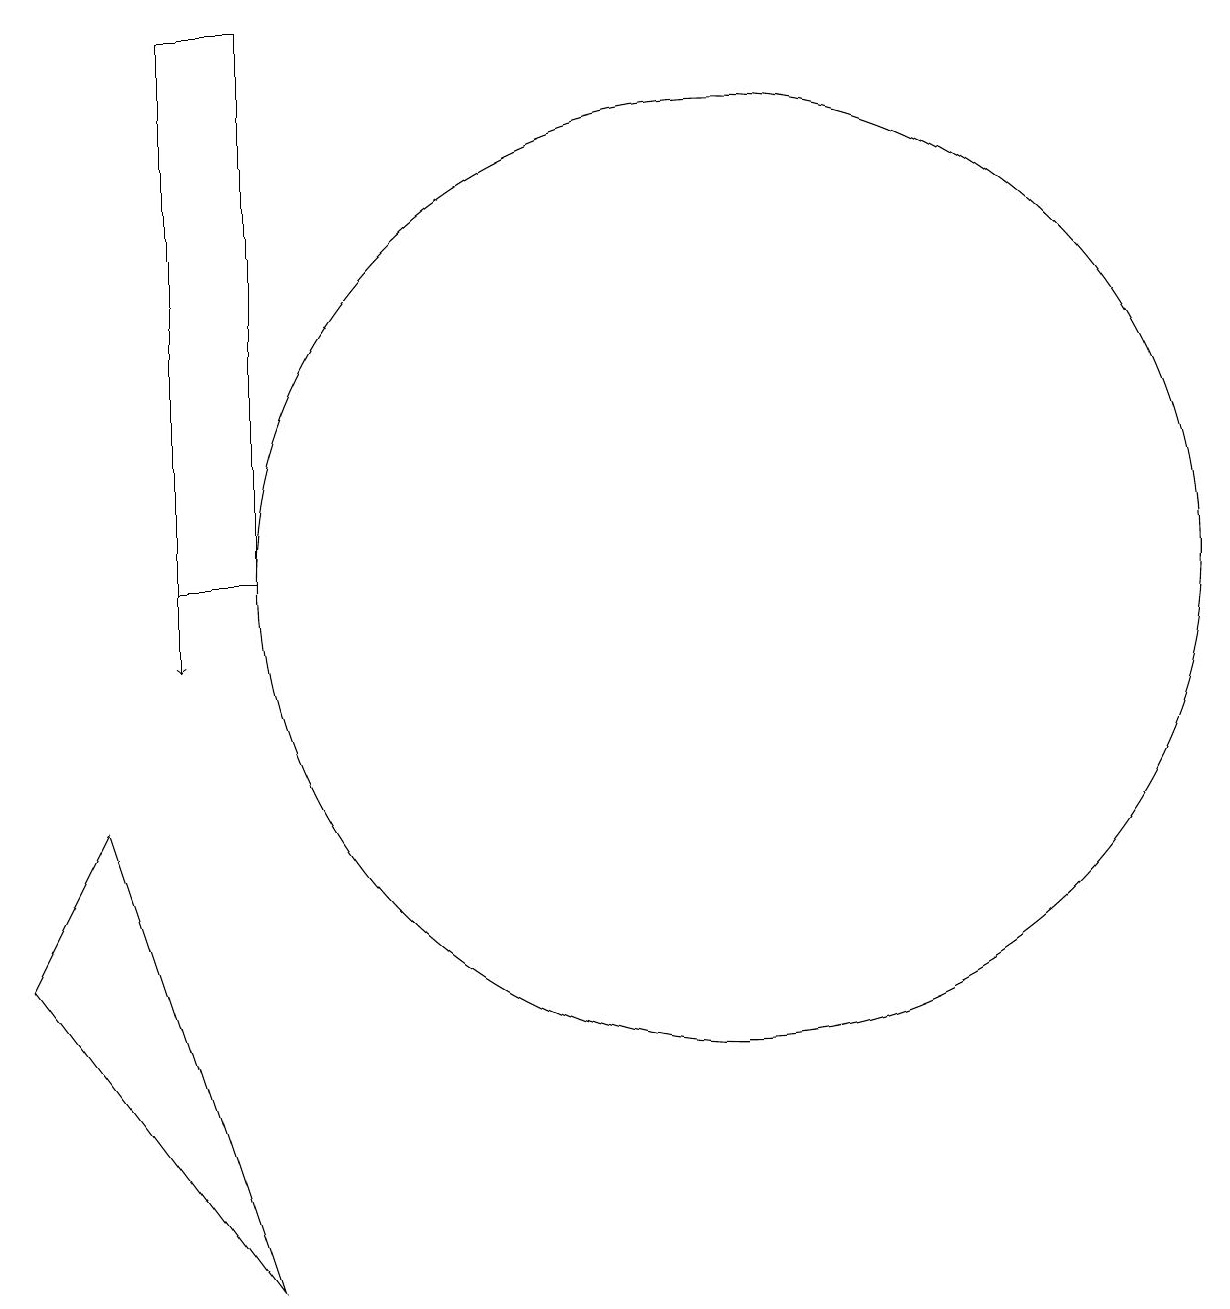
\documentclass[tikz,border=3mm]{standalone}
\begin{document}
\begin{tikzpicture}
\draw (12,11) circle (6);
\draw[->] (5,11) -- (5,10);
\draw (6,18) rectangle (5,11);
\draw (3,6) -- (6,2) -- (4,8) -- cycle;
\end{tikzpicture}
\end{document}